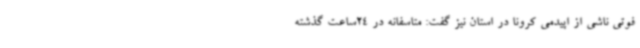
فوتی ناشی از اپیدمی کرونا در استان نیز گفت: متاسفانه در 24ساعت گذشته